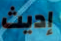
إديث